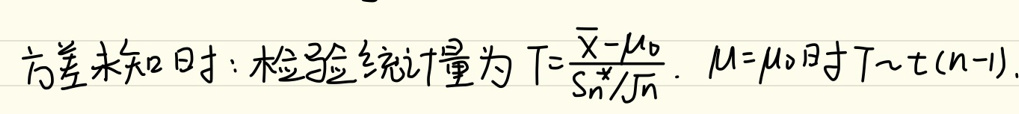
方差未知时：检验统计量为 \(T = \frac{\overline{X}-\mu_0}{S_n^*/\sqrt{n}}\)，\(\mu = \mu_0\) 时 \(T \sim t(n - 1)\)。